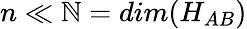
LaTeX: n\ll\mathbb{N}=dim(H_{AB})